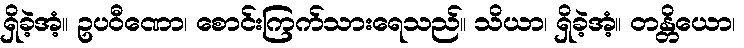
ရှိခဲ့အံ့။ ဥပဝီဏော၊ စောင်းကြက်သားရေသည်။ သိယာ၊ ရှိခဲ့အံ့။ တန္တိယော၊